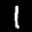
Label: 1